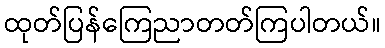
ထုတ်ပြန်ကြေညာတတ်ကြပါတယ်။